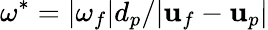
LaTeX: \omega^{\ast}=|\mathbf{\omega}_{f}|d_{p}/|\mathbf{u}_{f}-\mathbf{u}_{p}|